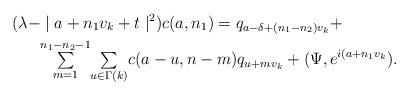
LaTeX: \begin{align*}(\lambda- & \mid a+n_{1}v_{k}+t\mid^{2})c(a,n_{1})=q_{a-\delta+\left(n_{1}-n_{2}\right) v_{k}}+\\&{\textstyle\sum\limits_{m=1}^{n_{1}-n_{2}-1}}{\textstyle\sum\limits_{u\in\Gamma(k)}}c(a-u,n-m)q_{u+mv_{k}}+(\Psi,e^{i(a+n_{1}v_{k}}).\end{align*}